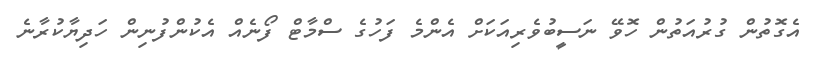
އެގޮތުން ގުރުއަތުން ހޮވޭ ނަސީބުވެރިއަކަށް އެންމެ ފަހުގެ ސްމާޓް ފޯނެއް އެކުންފުނިން ހަދިޔާކުރާނެ